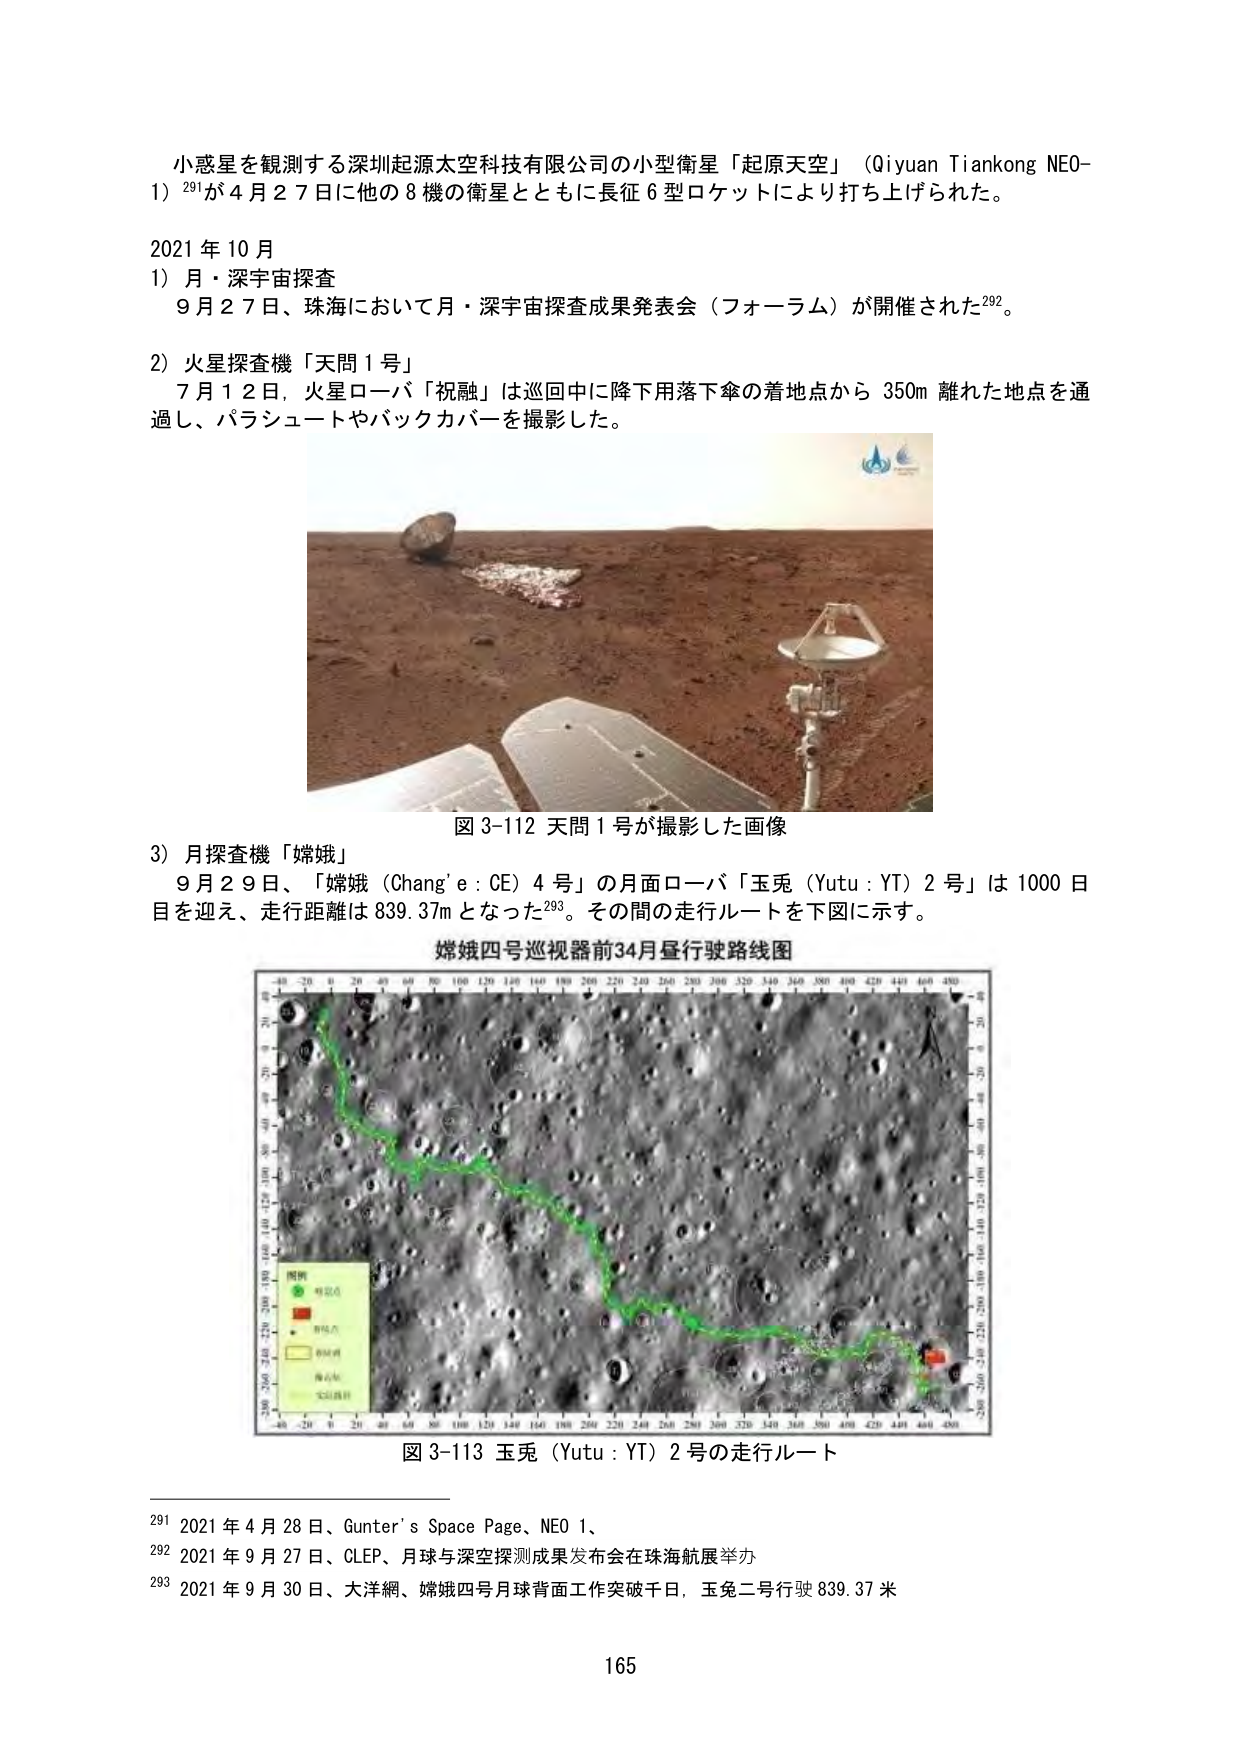
小惑星を観測する深圳起源太空科技有限公司の小型衛星「起原天空」（Qiyuan Tiankong NEO-1）291が4月27日に他の8機の衛星とともに長征6型ロケットにより打ち上げられた。

2021年10月
1）月・深宇宙探査
　9月27日、珠海において月・深宇宙探査成果発表会（フォーラム）が開催された292。

2）火星探査機「天問1号」
　7月12日、火星ローバ「祝融」は巡回中に降下用落下傘の着地点から350m離れた地点を通過し、パラシュートやバックカバーを撮影した。

図3-112 天問1号が撮影した画像

3）月探査機「嫦娥」
　9月29日、「嫦娥（Chang’e: CE）4号」の月面ローバ「玉兎（Yutu: YT）2号」は1000日目を迎え、走行距離は839.37mとなった293。その間の走行ルートを下図に示す。

嫦娥四号巡视器前34月昼行驶路线图

図3-113 玉兎（Yutu: YT）2号の走行ルート

291 2021年4月28日、Gunter’s Space Page、NEO 1、
292 2021年9月27日、CLEP、月球与深空探测成果发布会在珠海航展举办
293 2021年9月30日、大洋網、嫦娥四号月球背面工作突破千日，玉兔二号行驶839.37米

165